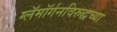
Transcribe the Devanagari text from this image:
ग्लॅमॉर्गनविरुद्धच्या